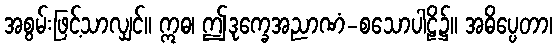
အစွမ်းဖြင့်သာလျှင်။ ဣဓ၊ ဤဒုက္ခေအညာဏံ-စသောပါဠိ၌။ အဓိပ္ပေတာ၊